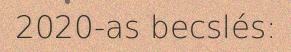
2020-as becslés: